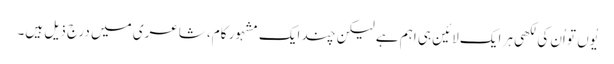
یُوں تو اُن کی لکھی ہر ایک لائین ہی اہم ہے لیکن چند ایک مشہور کام، شاعری میں درج ذیل ہیں۔